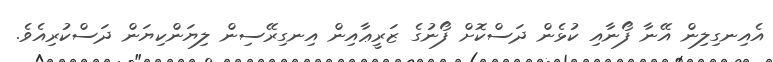
އެއިނގިލިން އޭނާ ފޯނާއި ކުޅެން ދަސްކޮށް ފޯނުގެ ޒަރީޢާއިން އިނގިރޭސިން ލިޔަންކިޔަން ދަސްކުރިއެވެ.